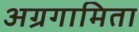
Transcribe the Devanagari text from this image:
अग्रगामिता